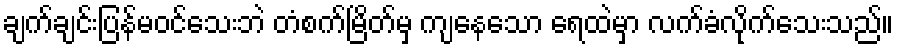
ချက်ချင်းပြန်မဝင်သေးဘဲ တံစက်မြိတ်မှ ကျနေသော ရေထဲမှာ လက်ခံလိုက်သေးသည်။